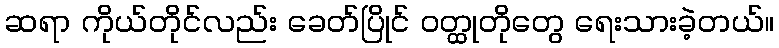
ဆရာ ကိုယ်တိုင်လည်း ခေတ်ပြိုင် ဝတ္ထုတိုတွေ ရေးသားခဲ့တယ်။